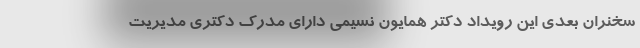
سخنران بعدی این رویداد دکتر همایون نسیمی دارای مدرک دکتری مدیریت